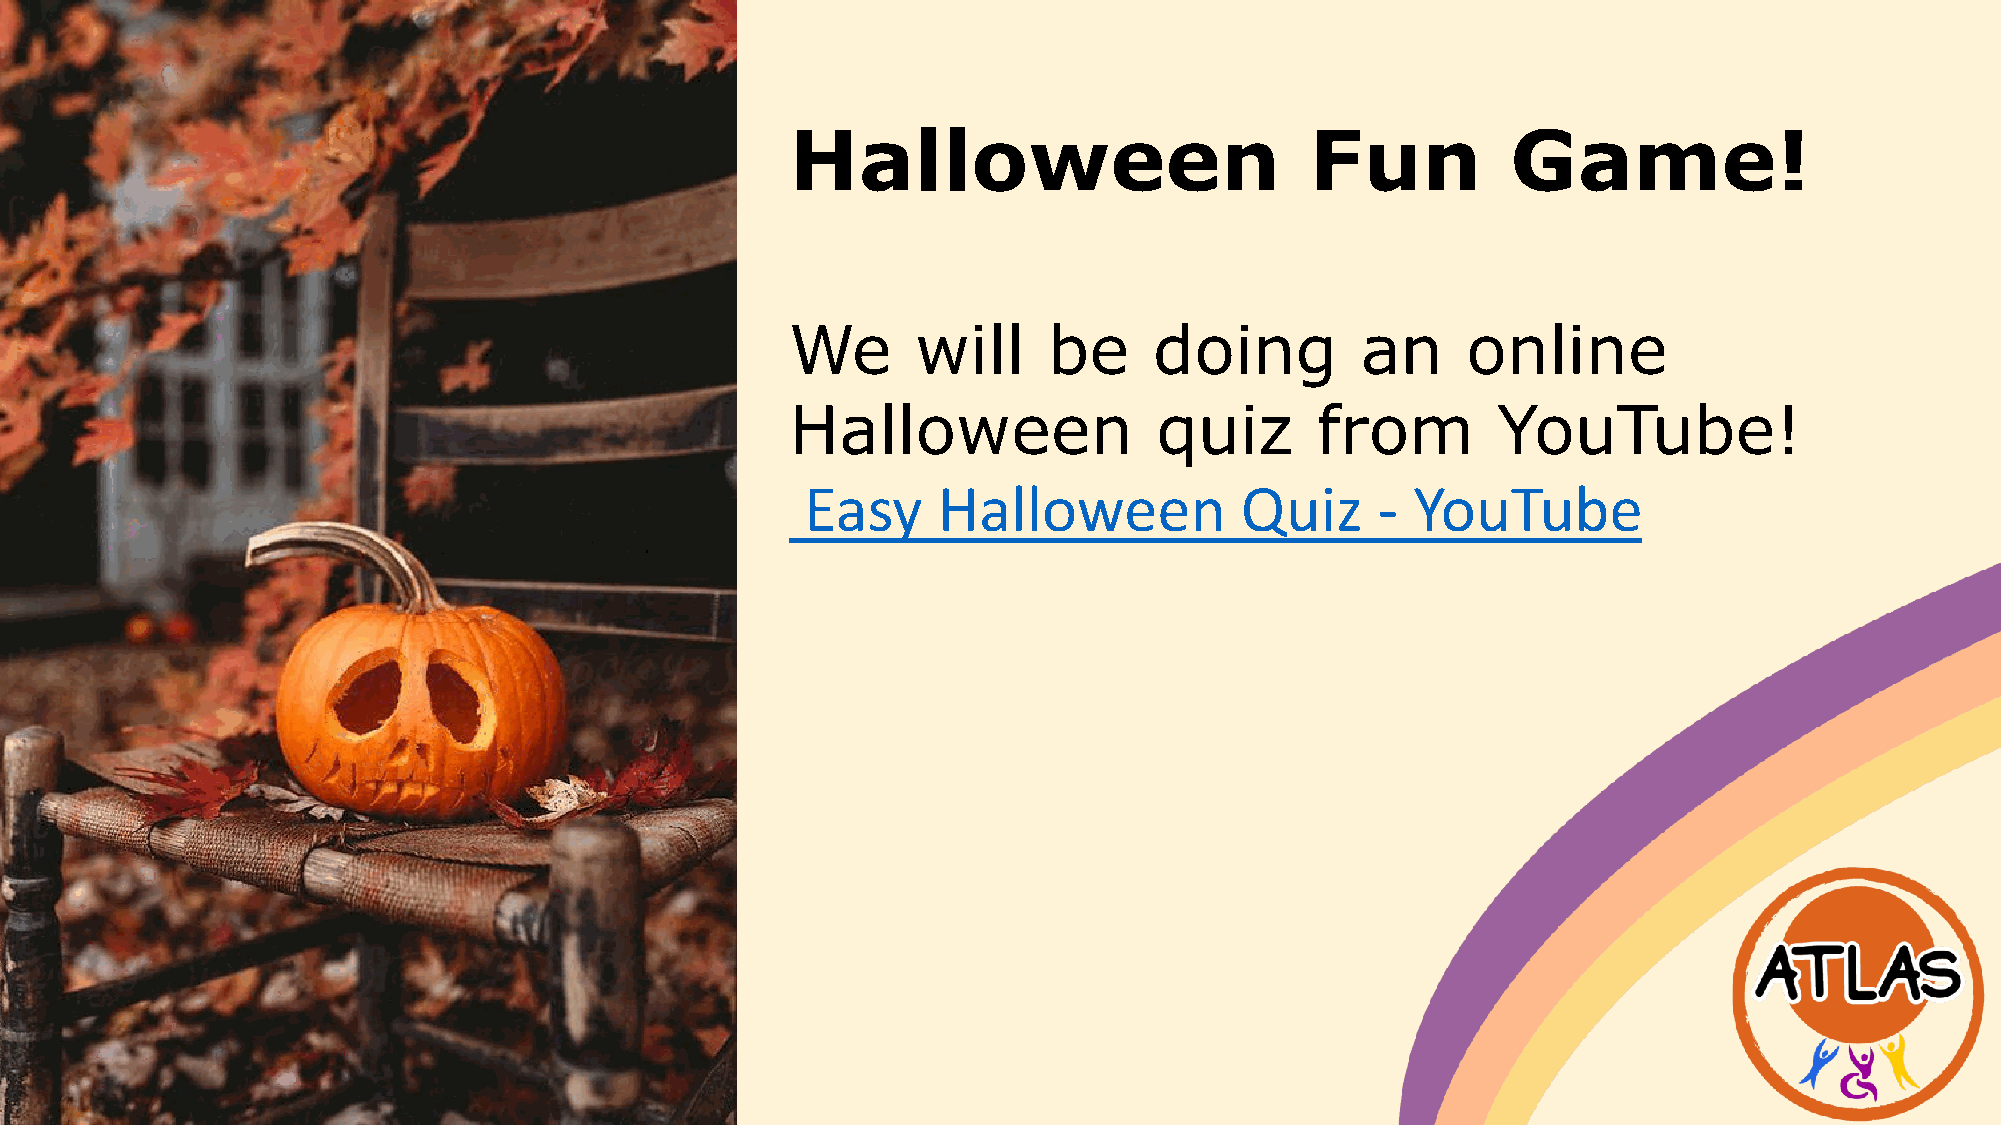
Halloween                          Fun          Game!
 We       will    be     doing         an     online
 Halloween                quiz      from        YouTube!
 Easy     Halloween           Quiz     -  YouTube